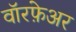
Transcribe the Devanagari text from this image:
वॉरफ़ेअर